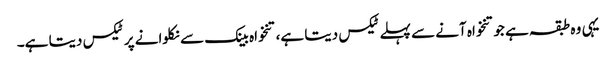
یہی وہ طبقہ ہے جو تنخواہ آنے سے پہلے ٹیکس دیتا ہے، تنخواہ بینک سے نکلوانے پر ٹیکس دیتا ہے۔